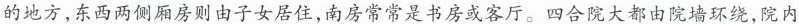
的地方，东西两侧厢房则由子女居住，南房常常是书房或客厅。四合院大都由院墙环绕，院内